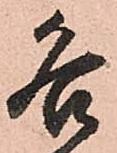
各